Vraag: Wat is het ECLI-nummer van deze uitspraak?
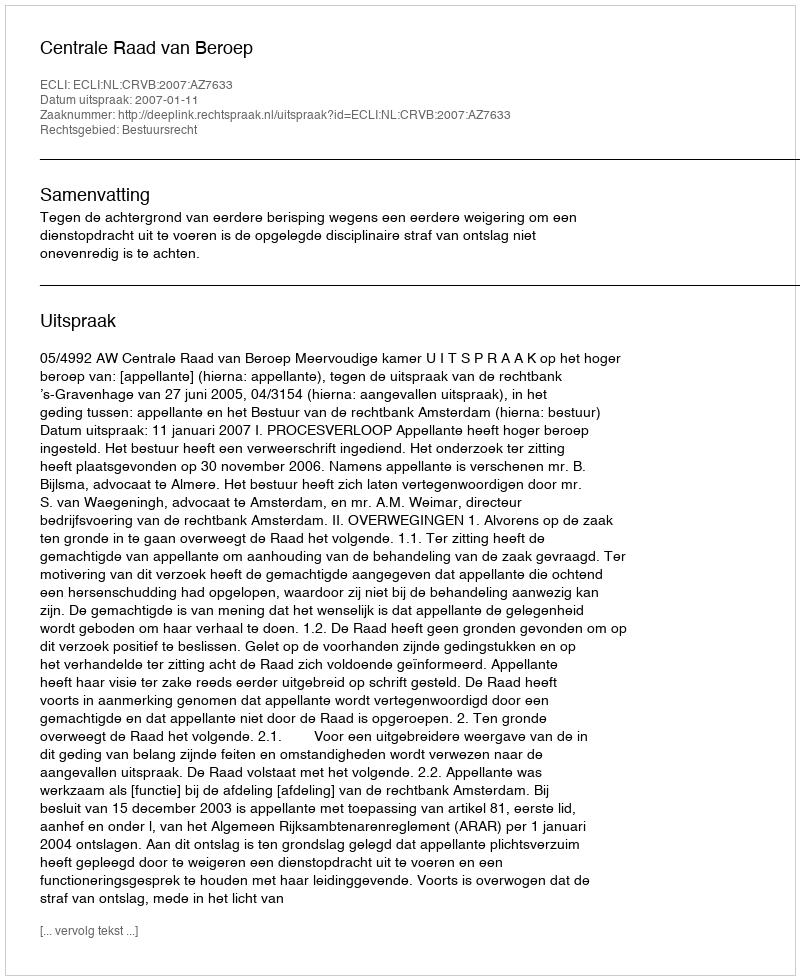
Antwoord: ECLI:NL:CRVB:2007:AZ7633